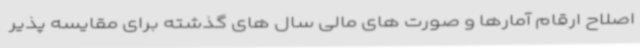
اصلاح ارقام آمارها و صورت های مالی سال های گذشته برای مقایسه پذیر